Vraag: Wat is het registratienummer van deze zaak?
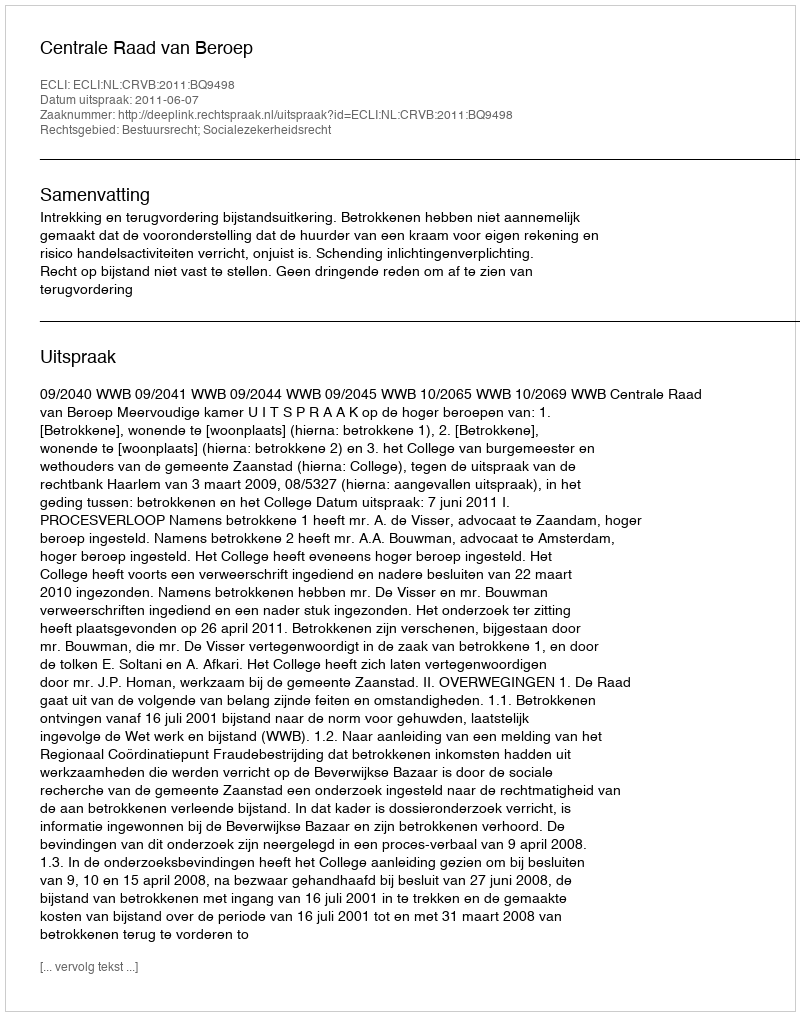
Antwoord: http://deeplink.rechtspraak.nl/uitspraak?id=ECLI:NL:CRVB:2011:BQ9498